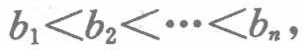
\(b_1 < b_2 < \cdots < b_n,\)